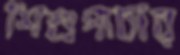
শিশুপাচার